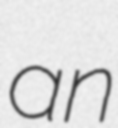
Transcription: an